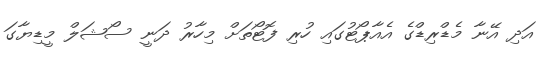
އަދި އޭނާ މެޑްރިޑްގެ އެއާޕޯޓުގައި ހުރި ފޮޓޯތަށް މިހާރު ދަނީ ސޯޝަލް މީޑިޔާގަ